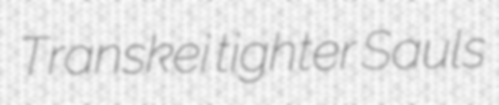
Transkei tighter Sauls